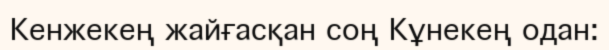
Кенжекең жайғасқан соң Кұнекең одан: